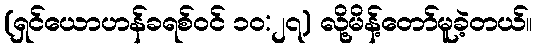
(ရှင်ယောဟန်ခရစ်ဝင် ၁၀:၂၇) လို့မိန့်တော်မူခဲ့တယ်။